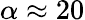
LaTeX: \alpha\approx 20